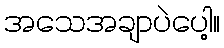
အသေအချာပဲပေါ့။